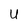
Character: U